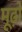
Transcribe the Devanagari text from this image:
मूढ़ों